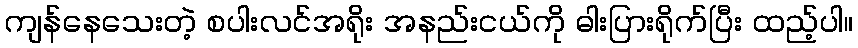
ကျန်နေသေးတဲ့ စပါးလင်အရိုး အနည်းငယ်ကို ဓါးပြားရိုက်ပြီး ထည့်ပါ။